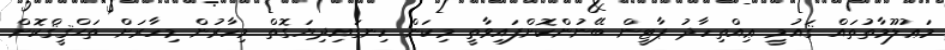
މަޢުލޫމާތުތައް ޤައުމީ ޢިއްތިހާދު ޕާޓީން ބޭނުންކޮށްފައިވާތީ މިކަން ހިނގައިދިޔަގޮތް މިހާރުން މިހާރަށް ތަޙްޤީޤްކޮށް